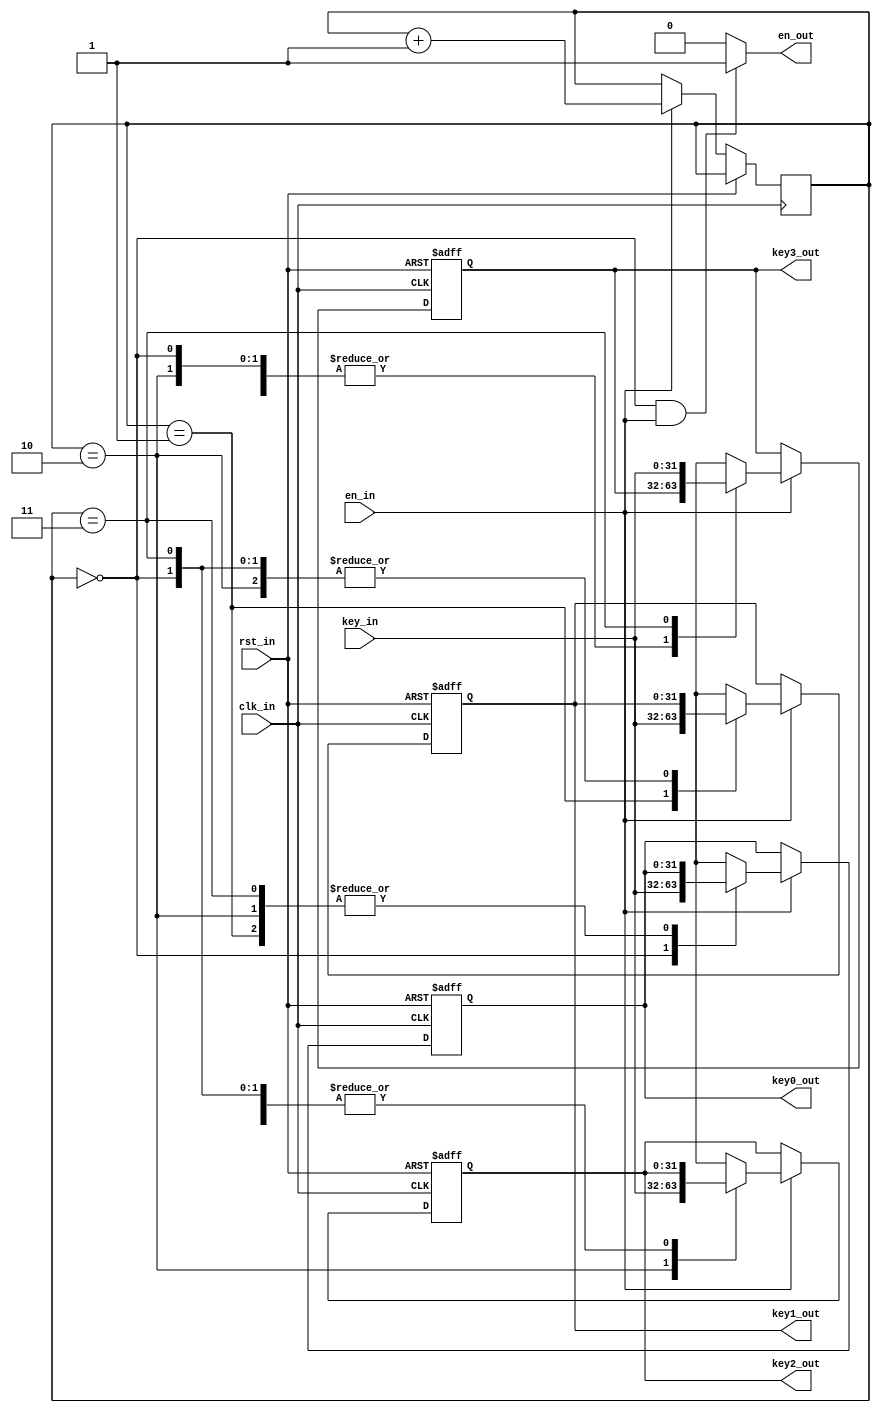
`timescale 1ns / 1ps

module matrix_rcv(
    input clk_in,
    input rst_in,
    input en_in,
    input [31:0] key_in,

    output en_out,
    output [31:0] key0_out,
    output [31:0] key1_out,
    output [31:0] key2_out,
    output [31:0] key3_out
    );
  reg [31:0] matrix00 ; 
  reg [31:0] matrix10 ; 
  reg [31:0] matrix20; 
  reg [31:0] matrix30; 

  reg [31:0] matrix00_nxt; 
  reg [31:0] matrix10_nxt; 
  reg [31:0] matrix20_nxt; 
  reg [31:0] matrix30_nxt;
  reg [1:0] counter, counter_nxt;

  assign key0_out = matrix00;
  assign key1_out = matrix10;
  assign key2_out = matrix20;
  assign key3_out = matrix30;

  assign en_out = (counter == 2'd0 && en_in == 1'b1) ? 1'b1 : 1'b0;

  always @ (posedge clk_in , posedge rst_in) begin
    if(rst_in == 1'b1) begin
      matrix00    <= 32'd0;
      matrix10    <= 32'd0;
      matrix20    <= 32'd0;
      matrix30    <= 32'd0;
    end else begin
      if(en_in) begin
        matrix00    <= matrix00_nxt;
        matrix10    <= matrix10_nxt;
        matrix20    <= matrix20_nxt;
        matrix30    <= matrix30_nxt;
        counter     <= counter_nxt;
      end
    end
  end

  always @ (*) begin
    matrix00_nxt    = matrix00;
    matrix10_nxt    = matrix10;
    matrix20_nxt    = matrix20;
    matrix30_nxt    = matrix30;
    //counter_nxt     = counter;
    //if(en_in == 1'b1) begin
    counter_nxt   = counter + 1'b1;
    case(counter)
      2'd0 : begin
        matrix00_nxt    = key_in;
      end
      2'd1 : begin
        matrix10_nxt    = key_in;
      end
      2'd2 : begin
        matrix20_nxt    = key_in;
      end
      3'd3 : begin
        matrix30_nxt    = key_in;
      end
    endcase
  end

endmodule